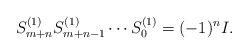
\begin{align*}S^{(1)}_{m+n} S^{(1)}_{m+n-1} \cdots S^{(1)}_0 = (-1)^n I.\end{align*}